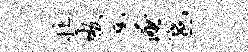
拄嗷旄淹邕